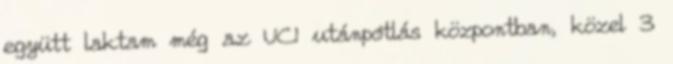
együtt laktam még az UCI utánpótlás központban, közel 3